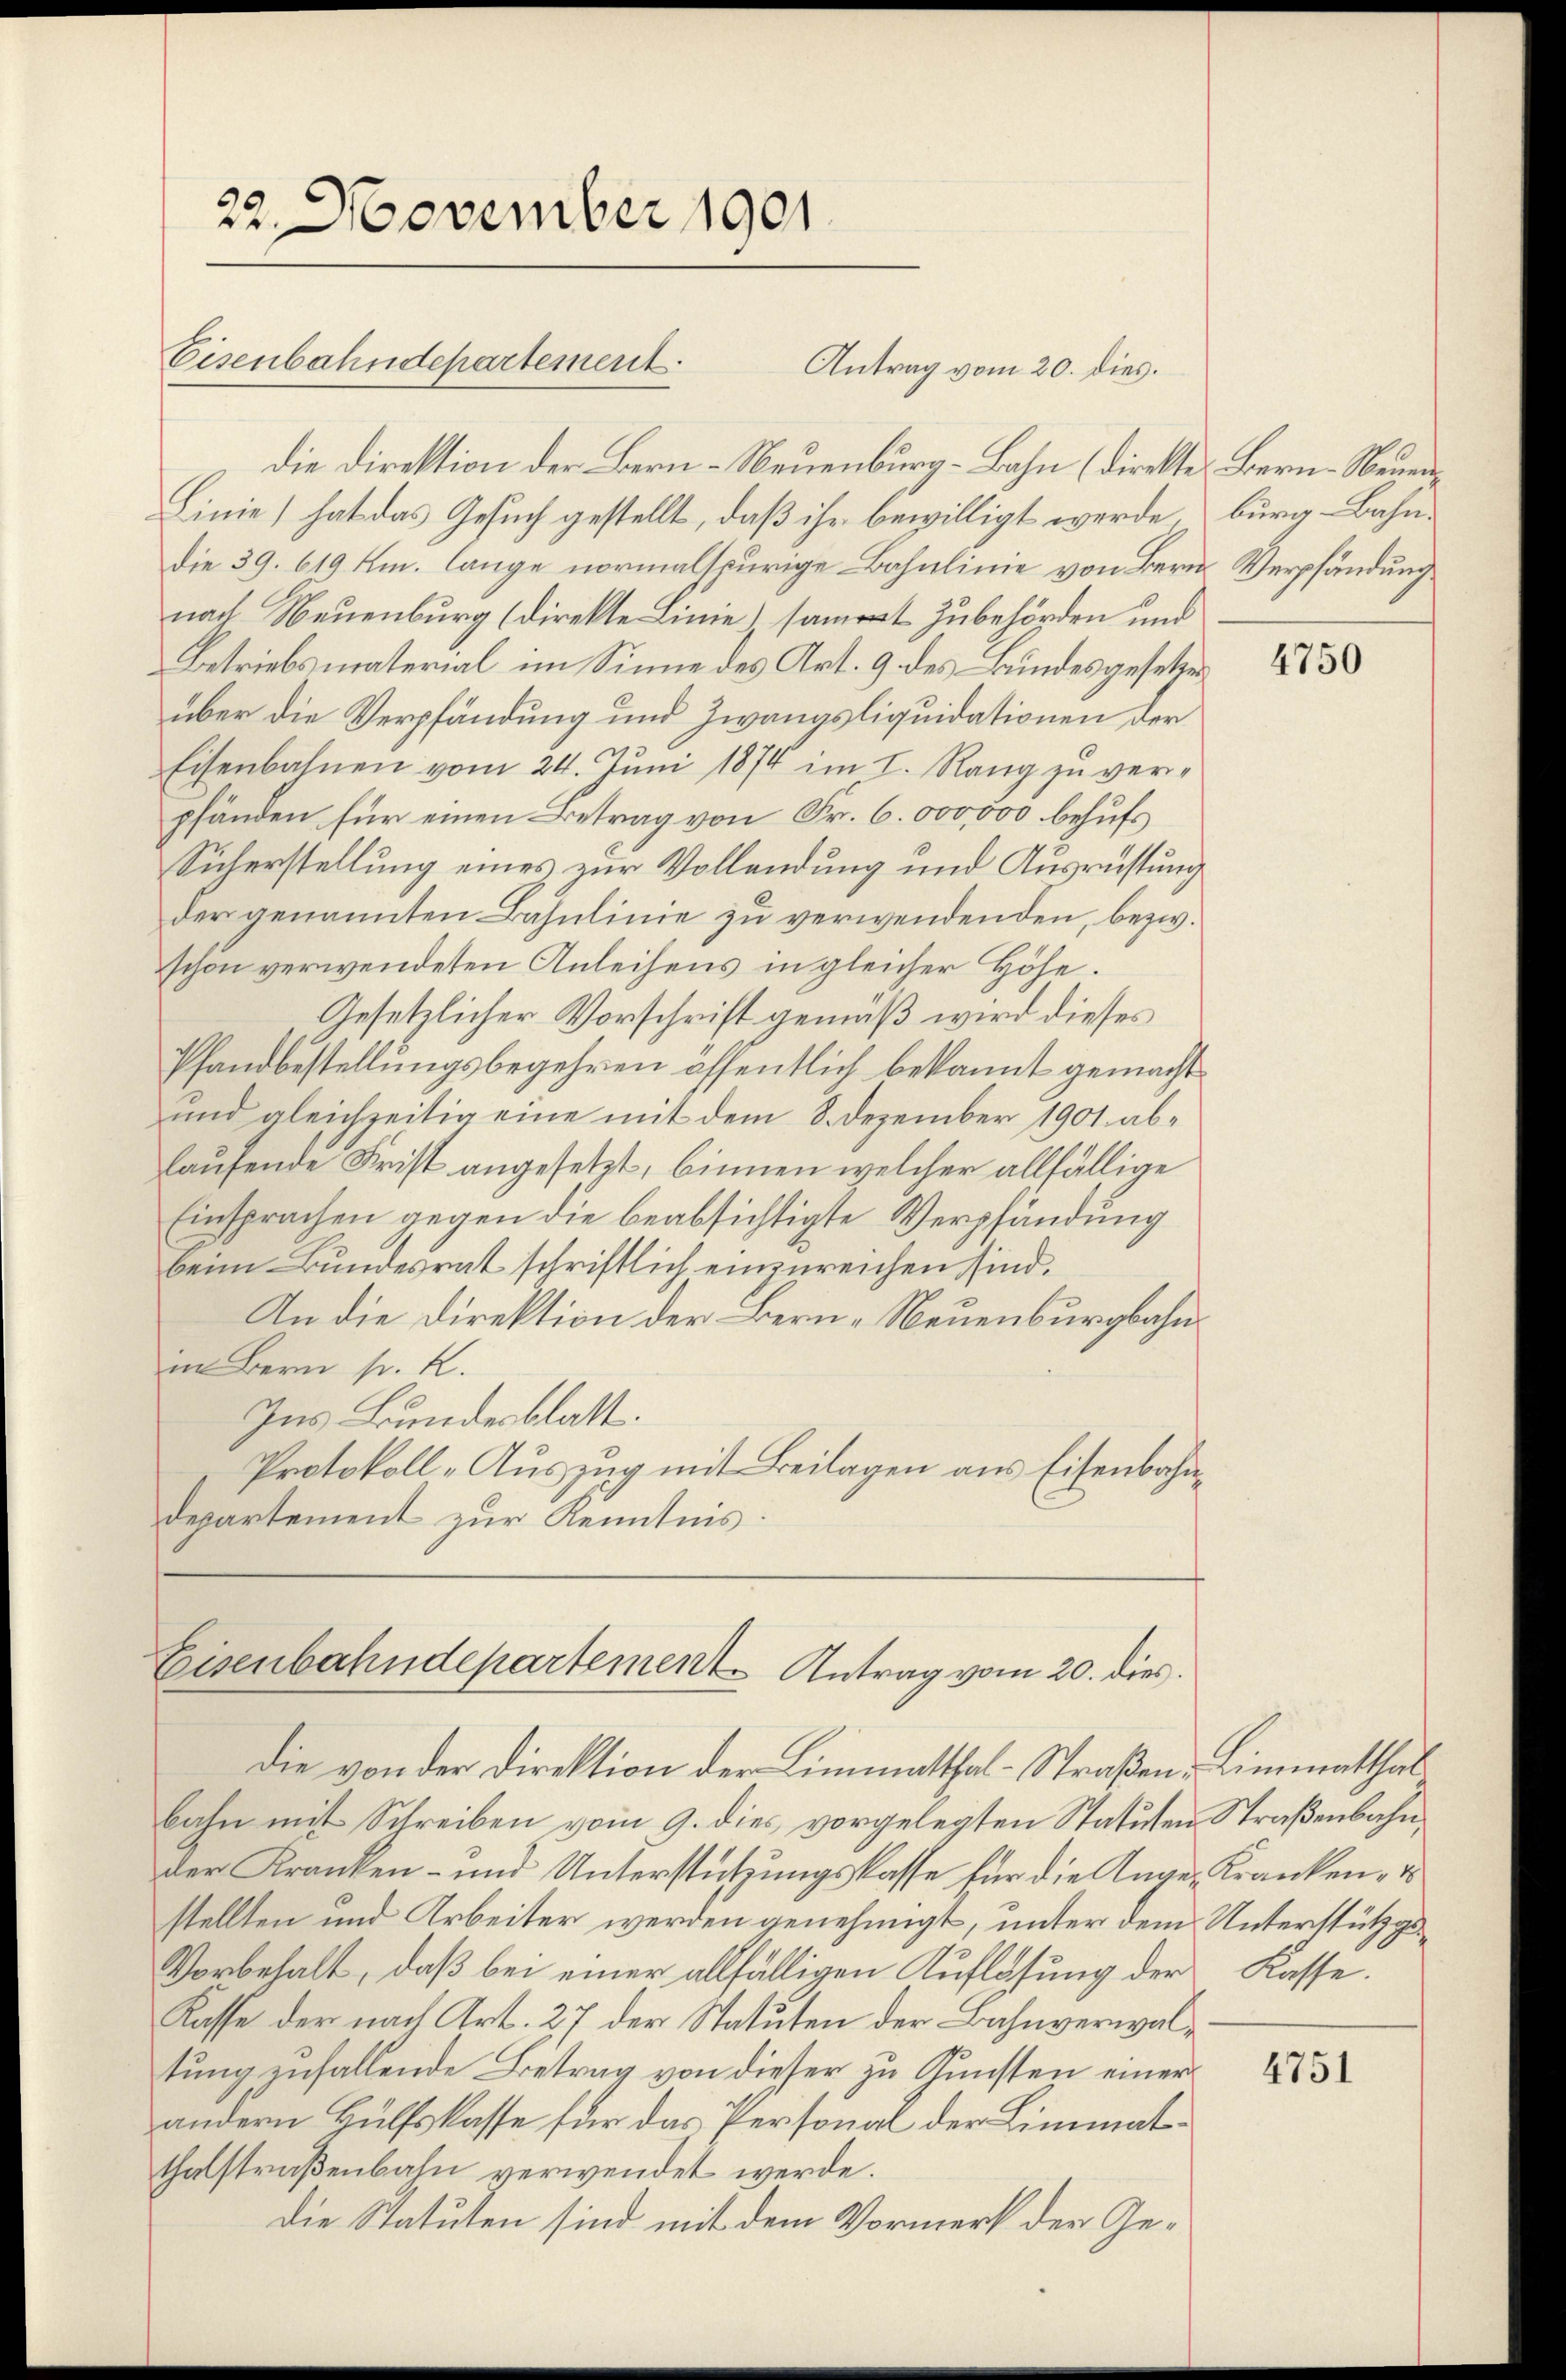
22. November 1901.
Eisenbahndepartement.

die Direktion der Bern-Neuenburg-Bahn (direkte Bern-Neuen
Linie) hat das Gesuch gestellt, daß ihr bewilligt werde burg-Bahn-
die 39. 619. Am lange normalspurige Bahnlinie von Bern Verpfändung
nach Neuenburg (direkte Linie, samt Zubehörden und
Betriebsmaterial im Sinne des Art. 9 des Bundesgesetzen
über die Verpfändung und Zwangsliquidationen der
Eisenbahnen vom 24. Juni 1874 im I. Rang zu ver-
pfänden für einen Betrag von Fr. 6. 000,000 behufs
Sicherstellung eines zur Vollendung und Ausrüstung
der genannten Bahnlinie zu verwendenden, bezw.
schon verwendeten Anleihens in gleicher Höhe.
Gesetzlicher Vorschrift gemäß wird dieses
Pfandbestellungsbegehren öffentlich bekannt gemacht
und gleichzeitig eine mit dem 8. Dezember 1901 ab-
laufende Frist angesetzt, binnen welcher allfällige
Einsprachen gegen die beabsichtigte Verpfändung
beim Bundesrat schriftlich einzureichen sind.
An die Direktion der Bern-Neuenburgbahnin Bern sr. K.
Ins Bundesblatt.
Protokoll-Auszug mit Beilagen aus Eisenbahndepartement zur Kenntnis.

Antrag vom 20. dies.

Eisenbahndepartement Antrag vom 20. dies

die von der Direktion der Limmatthal-Straßen - Limmatthal
bahn mit Schreiben vom 9. dies vorgelegten Statuten Straßenbahnder Kranken- und Unterstützungskasse für die Angen Kranken, u
stellten und Arbeiter werden genehmigt, unter dem Unterstützgs¬
Vorbehalt, daß bei einer allfälligen Auflösung der Kasse.
Kasse der nach Art. 27 der Statuten der Bahnverwaltung zufallende Betrag von dieser zu Gunsten einer
andern Hülfskasse für das Personal der Limmatthalstraßenbahn verwendet werde.
Die Statuten sind mit dem Vormerk der Ge¬

4750

4751